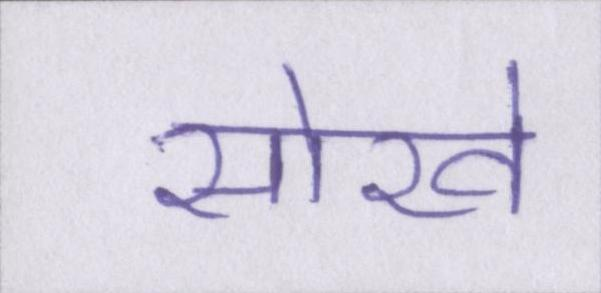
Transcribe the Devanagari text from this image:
सोखे